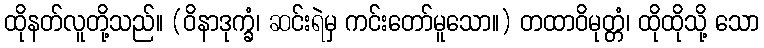
ထိုနတ်လူတို့သည်။ (ဝိနာဒုက္ခံ၊ ဆင်းရဲမှ ကင်းတော်မူသော။) တထာဝိမုတ္တံ၊ ထိုထိုသို့ သော